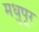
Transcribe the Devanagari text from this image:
मधुपूर